Annual administration report of the Civil Veterinary Department of India - 1910-1911
Year: 1910
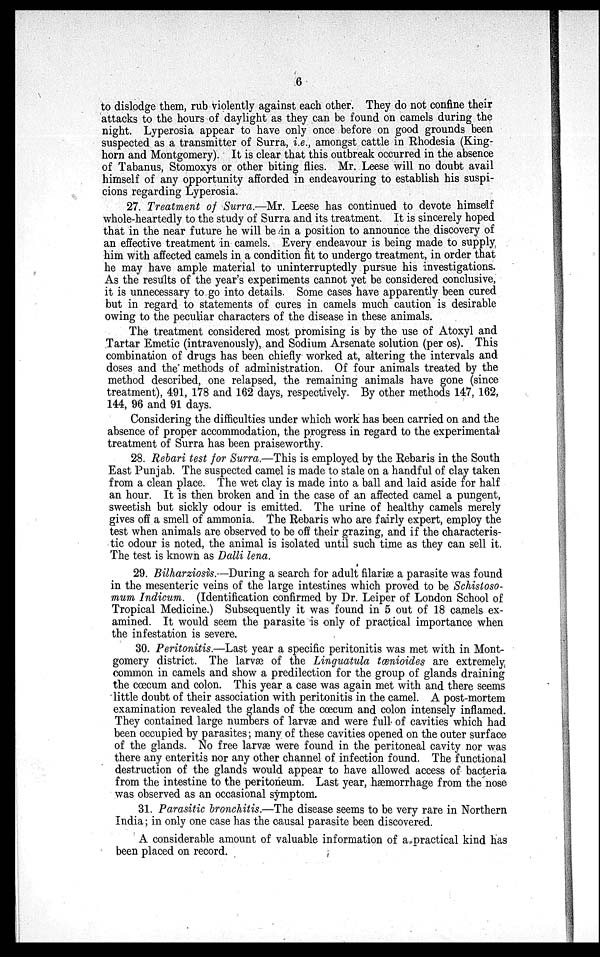
6
to dislodge them, rub violently against each other. They do not confine their
attacks to the hours of daylight as they can be found on camels during the
night. Lyperosia appear to have only once before on good grounds been
suspected as a transmitter of Surra, i.e., amongst cattle in Rhodesia (King-
horn and Montgomery). It is clear that this outbreak occurred in the absence
of Tabanus, Stomoxys or other biting flies. Mr. Leese will no doubt avail
himself of any opportunity afforded in endeavouring to establish his suspi-
cions regarding Lyperosia.
27. Treatment of Surra.—Mr. Leese has continued to devote himself
whole-heartedly to the study of Surra and its treatment. It is sincerely hoped
that in the near future he will be in a position to announce the discovery of
an effective treatment in camels. Every endeavour is being made to supply
him with affected camels in a condition fit to undergo treatment, in order that
he may have ample material to uninterruptedly pursue his investigations.
As the results of the year's experiments cannot yet be considered conclusive,
it is unnecessary to go into details. Some cases have apparently been cured
but in regard to statements of cures in camels much caution is desirable
owing to the peculiar characters of the disease in these animals.
The treatment considered most promising is by the use of Atoxyl and
Tartar Emetic (intravenously), and Sodium Arsenate solution (per os). This
combination of drugs has been chiefly worked at, altering the intervals and
doses and the methods of administration. Of four animals treated by the
method described, one relapsed, the remaining animals have gone (since
treatment), 491, 178 and 162 days, respectively. By other methods 147, 162,
144, 96 and 91 days.
Considering the difficulties under which work has been carried on and the
absence of proper accommodation, the progress in regard to the experimental
treatment of Surra has been praiseworthy.
28. Rebari test for Surra.—This is employed by the Rebaris in the South
East Punjab. The suspected camel is made to stale on a handful of clay taken
from a clean place. The wet clay is made into a ball and laid aside for half
an hour. It is then broken and in the case of an affected camel a pungent,
sweetish but sickly odour is emitted. The urine of healthy camels merely
gives off a smell of ammonia. The Rebaris who are fairly expert, employ the
test when animals are observed to be off their grazing, and if the characteris-
tic odour is noted, the animal is isolated until such time as they can sell it.
The test is known as Dalli lena.
29. Bilharziosis.—During a search for adult filariæ a parasite was found
in the mesenteric veins of the large intestines which proved to be Schistoso-
mum Indicum. (Identification confirmed by Dr. Leiper of London School of
Tropical Medicine.) Subsequently it was found in 5 out of 18 camels ex-
amined. It would seem the parasite is only of practical importance when
the infestation is severe.
30. Peritonitis.—Last year a specific peritonitis was met with in Mont-
gomery district. The larvæ of the Linguatula tœnioides are extremely
common in camels and show a predilection for the group of glands draining
the cœcum and colon. This year a case was again met with and there seems
little doubt of their association with peritonitis in the camel. A post-mortem
examination revealed the glands of the cœcum and colon intensely inflamed.
They contained large numbers of larvæ and were full of cavities which had
been occupied by parasites; many of these cavities opened on the outer surface
of the glands. No free larvœ were found in the peritoneal cavity nor was
there any enteritis nor any other channel of infection found. The functional
destruction of the glands would appear to have allowed access of bacteria
from the intestine to the peritoneum. Last year, hæmorrhage from the nose
was observed as an occasional symptom.
31. Parasitic bronchitis.—The disease seems to be very rare in Northern
India; in only one case has the causal parasite been discovered.
A considerable amount of valuable information of a practical kind has
been placed on record.